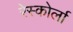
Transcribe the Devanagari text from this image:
रेस्कोर्ला